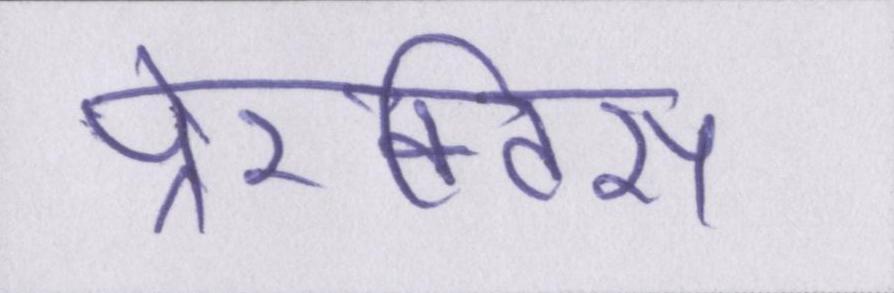
पे्रक्टिस